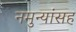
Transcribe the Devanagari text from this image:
नमुन्यांसह